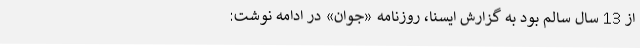
از 13 سال سالم بود به گزارش ایسنا، روزنامه «جوان» در ادامه نوشت: